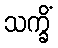
သက္ခိံ